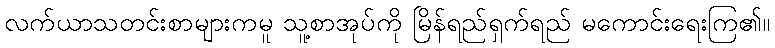
လက်ယာသတင်းစာများကမူ သူ့စာအုပ်ကို မြိန်ရည်ရှက်ရည် မကောင်းရေးကြ၏။